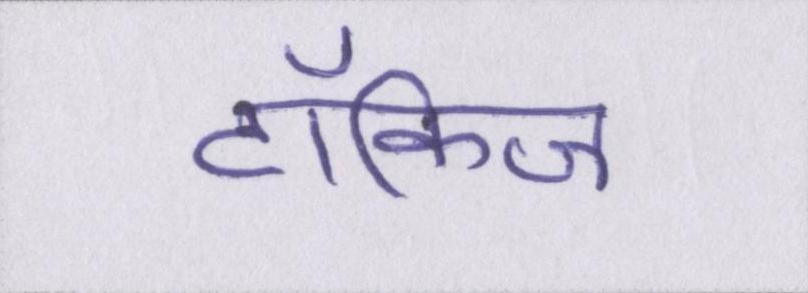
टॉकिज